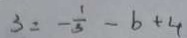
3 = - \frac { 1 } { 3 } - b + 4